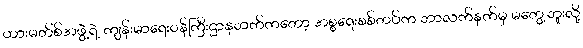
ဟားမတ်စ်အဖွဲ့ရဲ့ ကျန်းမာရေးဝန်ကြီးဌာနဘက်ကတော့ အစ္စရေးစစ်တပ်က ဘာလက်နက်မှ မတွေ့ဘူးလို့